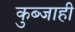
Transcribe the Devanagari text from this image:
कुब्जाही